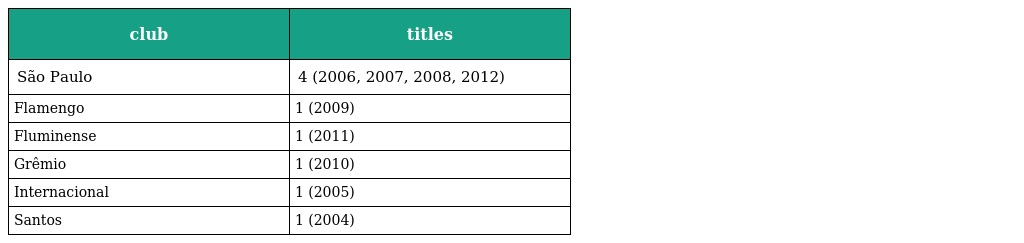
| club | titles |
 | --- | --- |
 | São Paulo | 4 (2006, 2007, 2008, 2012) |
 | Flamengo | 1 (2009) |
 | Fluminense | 1 (2011) |
 | Grêmio | 1 (2010) |
 | Internacional | 1 (2005) |
 | Santos | 1 (2004) |